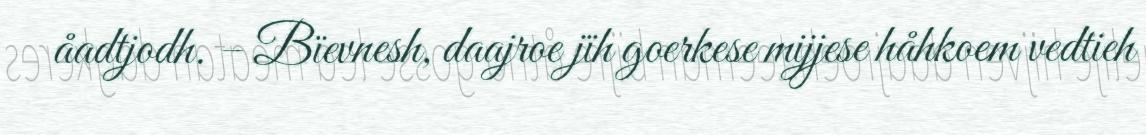
åadtjodh. – Bïevnesh, daajroe jïh goerkese mijjese håhkoem vedtieh